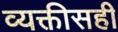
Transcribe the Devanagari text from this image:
व्यक्तीसही